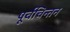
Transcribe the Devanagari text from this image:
पूर्वचिन्तन